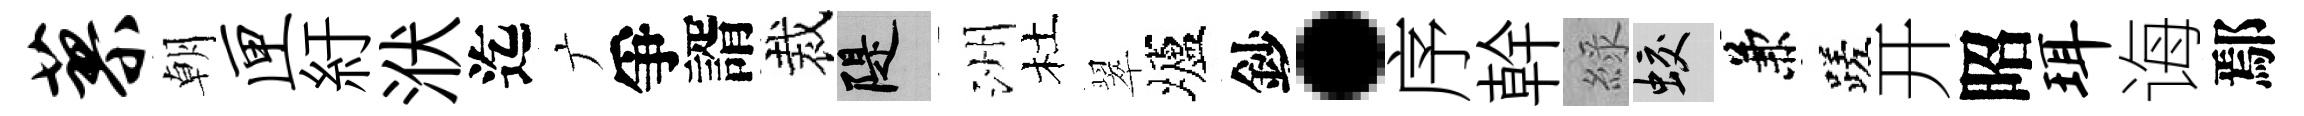
蓼朝匣紆洑迄广爭諝裁堤洲杜翠壚鈔·序幹綠蛟兼蹉开昭珥诲鄢